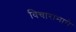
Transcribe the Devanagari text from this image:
विचारामागे